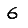
Digit: 6